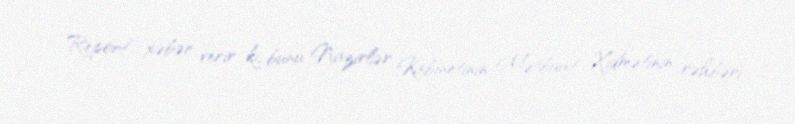
Report” xəbər verir ki, bunu Nazirlər Kabinetinin Mətbuat Xidmətinin rəhbəri